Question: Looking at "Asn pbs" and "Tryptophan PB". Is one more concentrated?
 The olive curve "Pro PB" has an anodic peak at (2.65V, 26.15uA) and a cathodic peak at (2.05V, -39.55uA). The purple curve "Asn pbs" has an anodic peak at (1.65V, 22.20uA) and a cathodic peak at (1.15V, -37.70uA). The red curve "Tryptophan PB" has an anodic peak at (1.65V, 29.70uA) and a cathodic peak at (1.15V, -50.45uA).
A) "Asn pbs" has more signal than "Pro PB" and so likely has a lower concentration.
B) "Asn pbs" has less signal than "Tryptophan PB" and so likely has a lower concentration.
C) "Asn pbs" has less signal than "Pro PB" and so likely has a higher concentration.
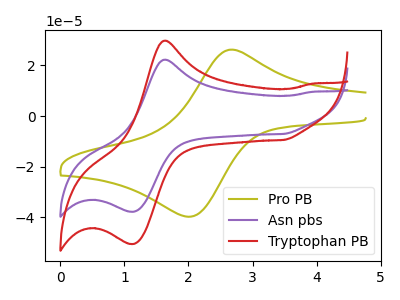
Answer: <think>All the peaks in "Asn pbs" have a peak in "Tryptophan PB" at the same potential. Every peak in "Asn pbs" is lower than every peak in "Tryptophan PB".
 </think>
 <answer>B) "Asn pbs" has less signal than "Tryptophan PB" and so likely has a lower concentration.</answer>
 <eval>B</eval>